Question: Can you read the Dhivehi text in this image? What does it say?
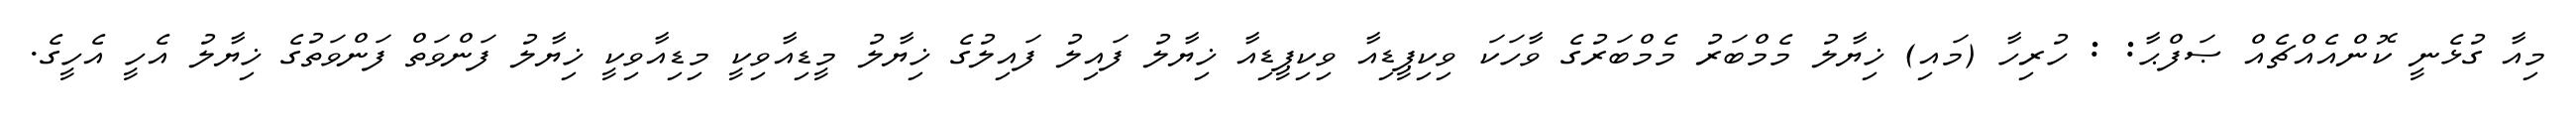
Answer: މިއާ ގުޅެނީ ކޮންއެއްޗެއް ޞަފްޙާ: : ހުރިހާ (މައި) ޚިޔާލު މެމްބަރު މެމްބަރުގެ ވާހަކަ ވިކިޕީޑިއާ ވިކިޕީޑިއާ ޚިޔާލު ފައިލު ފައިލުގެ ޚިޔާލު މީޑިއާވިކީ މިޑިއާވިކީ ޚިޔާލު ފަންވަތް ފަންވަތުގެ ޚިޔާލު އެހީ އެހީގެ.